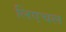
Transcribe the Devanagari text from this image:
लिएचल